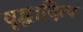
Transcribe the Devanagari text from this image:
वृद्धादित्य